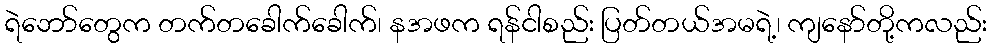
ရဲဘော်တွေက တက်တခေါက်ခေါက်၊ နအဖက ရန်ငါစည်း ပြတ်တယ်အမရဲ့၊ ကျနော်တို့ကလည်း